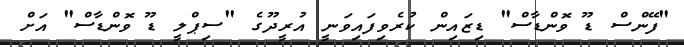
"ފޭންސް ޑޫ ވޮންޑާސް" ޑިޒައިން ކުރެވިފައިވަނީ އުރީދޫގެ "ސިޕްލީ ޑޫ ވޮންޑާސް" އަށް